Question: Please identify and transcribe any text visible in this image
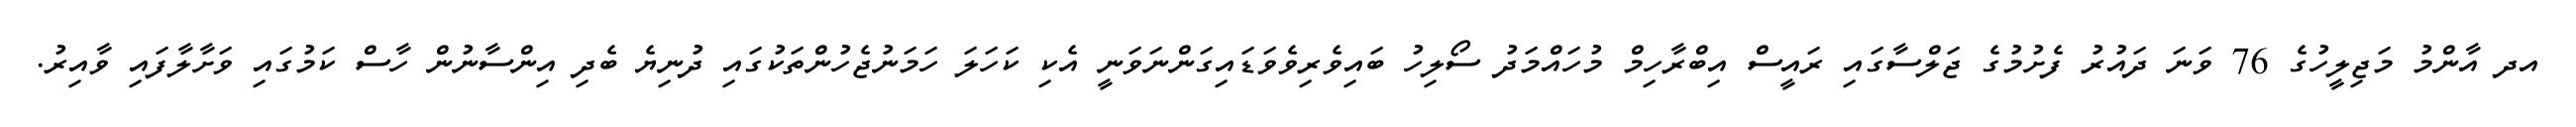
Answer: އދ އާންމު މަޖިލީހުގެ 76 ވަނަ ދައުރު ފެށުމުގެ ޖަލްސާގައި ރައީސް އިބްރާހިމް މުހައްމަދު ސޯލިހު ބައިވެރިވެވަޑައިގަންނަވަނީ އެކި ކަހަލަ ހަމަނުޖެހުންތަކުގައި ދުނިޔެ ބެދި އިންސާނުން ހާސް ކަމުގައި ވަށާލާފައި ވާއިރު.